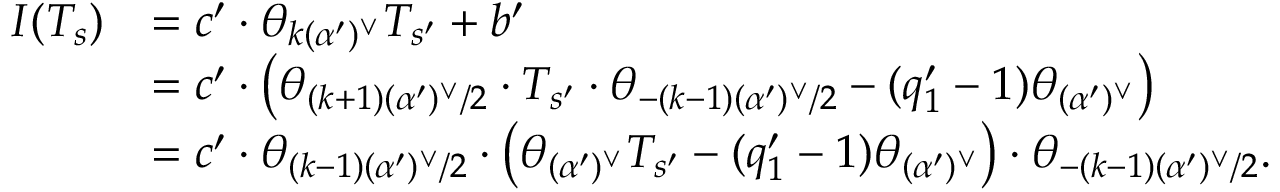
\begin{array} { r l } { I ( T _ { s } ) } & { = c ^ { \prime } \cdot \theta _ { k ( \alpha ^ { \prime } ) ^ { \vee } } T _ { s ^ { \prime } } + b ^ { \prime } } \\ & { = c ^ { \prime } \cdot \left( \theta _ { ( k + 1 ) ( \alpha ^ { \prime } ) ^ { \vee } / 2 } \cdot T _ { s ^ { \prime } } \cdot \theta _ { - ( k - 1 ) ( \alpha ^ { \prime } ) ^ { \vee } / 2 } - ( q _ { 1 } ^ { \prime } - 1 ) \theta _ { ( \alpha ^ { \prime } ) ^ { \vee } } \right) } \\ & { = c ^ { \prime } \cdot \theta _ { ( k - 1 ) ( \alpha ^ { \prime } ) ^ { \vee } / 2 } \cdot \left( \theta _ { ( \alpha ^ { \prime } ) ^ { \vee } } T _ { s ^ { \prime } } - ( q _ { 1 } ^ { \prime } - 1 ) \theta _ { ( \alpha ^ { \prime } ) ^ { \vee } } \right) \cdot \theta _ { - ( k - 1 ) ( \alpha ^ { \prime } ) ^ { \vee } / 2 } . } \end{array}